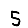
Digit: 5